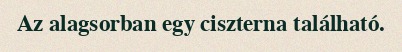
Az alagsorban egy ciszterna található.